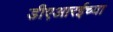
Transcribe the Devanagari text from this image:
डीएआरईच्या